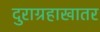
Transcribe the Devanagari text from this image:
दुराग्रहाखातर